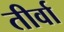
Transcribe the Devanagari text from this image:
तीर्वा